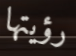
رؤيتها